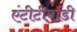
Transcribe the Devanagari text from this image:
एंटीटीबॉडी